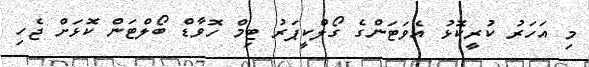
މި އަހަރު ކުރީކޮޅު އެވަޓަންގެ ގޯލްކީޕަރު ޓިމް ހޮވާޑް ބޯލްޓަން ކޮޅަށް ޖެހި